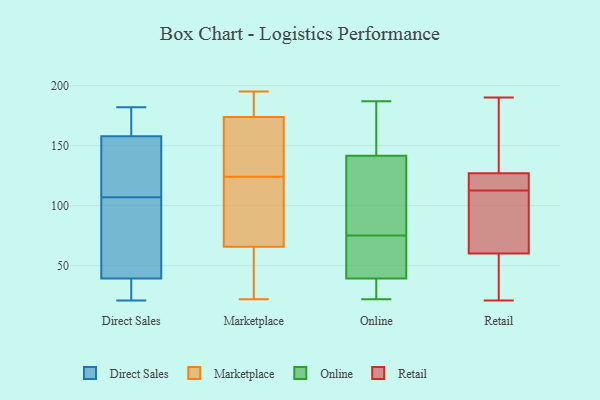
{"axis": {"x": "Backlog", "y": "Value"}, "legend": ["Direct Sales", "Marketplace", "Online", "Retail"], "data": [{"x": "", "y": 159, "type": "Direct Sales"}, {"x": "", "y": 161, "type": "Direct Sales"}, {"x": "", "y": 182, "type": "Direct Sales"}, {"x": "", "y": 21, "type": "Direct Sales"}, {"x": "", "y": 88, "type": "Direct Sales"}, {"x": "", "y": 166, "type": "Direct Sales"}, {"x": "", "y": 21, "type": "Direct Sales"}, {"x": "", "y": 151, "type": "Direct Sales"}, {"x": "", "y": 133, "type": "Direct Sales"}, {"x": "", "y": 60, "type": "Direct Sales"}, {"x": "", "y": 118, "type": "Direct Sales"}, {"x": "", "y": 104, "type": "Direct Sales"}, {"x": "", "y": 165, "type": "Direct Sales"}, {"x": "", "y": 107, "type": "Direct Sales"}, {"x": "", "y": 52, "type": "Direct Sales"}, {"x": "", "y": 27, "type": "Direct Sales"}, {"x": "", "y": 35, "type": "Direct Sales"}, {"x": "", "y": 27, "type": "Direct Sales"}, {"x": "", "y": 154, "type": "Direct Sales"}, {"x": "", "y": 170, "type": "Marketplace"}, {"x": "", "y": 83, "type": "Marketplace"}, {"x": "", "y": 122, "type": "Marketplace"}, {"x": "", "y": 181, "type": "Marketplace"}, {"x": "", "y": 119, "type": "Marketplace"}, {"x": "", "y": 154, "type": "Marketplace"}, {"x": "", "y": 182, "type": "Marketplace"}, {"x": "", "y": 180, "type": "Marketplace"}, {"x": "", "y": 195, "type": "Marketplace"}, {"x": "", "y": 43, "type": "Marketplace"}, {"x": "", "y": 175, "type": "Marketplace"}, {"x": "", "y": 37, "type": "Marketplace"}, {"x": "", "y": 115, "type": "Marketplace"}, {"x": "", "y": 124, "type": "Marketplace"}, {"x": "", "y": 27, "type": "Marketplace"}, {"x": "", "y": 22, "type": "Marketplace"}, {"x": "", "y": 60, "type": "Marketplace"}, {"x": "", "y": 169, "type": "Marketplace"}, {"x": "", "y": 153, "type": "Marketplace"}, {"x": "", "y": 123, "type": "Online"}, {"x": "", "y": 47, "type": "Online"}, {"x": "", "y": 162, "type": "Online"}, {"x": "", "y": 40, "type": "Online"}, {"x": "", "y": 39, "type": "Online"}, {"x": "", "y": 39, "type": "Online"}, {"x": "", "y": 75, "type": "Online"}, {"x": "", "y": 22, "type": "Online"}, {"x": "", "y": 187, "type": "Online"}, {"x": "", "y": 169, "type": "Online"}, {"x": "", "y": 33, "type": "Online"}, {"x": "", "y": 110, "type": "Online"}, {"x": "", "y": 44, "type": "Online"}, {"x": "", "y": 144, "type": "Online"}, {"x": "", "y": 134, "type": "Online"}, {"x": "", "y": 82, "type": "Online"}, {"x": "", "y": 43, "type": "Online"}, {"x": "", "y": 23, "type": "Online"}, {"x": "", "y": 166, "type": "Online"}, {"x": "", "y": 124, "type": "Retail"}, {"x": "", "y": 67, "type": "Retail"}, {"x": "", "y": 87, "type": "Retail"}, {"x": "", "y": 115, "type": "Retail"}, {"x": "", "y": 137, "type": "Retail"}, {"x": "", "y": 127, "type": "Retail"}, {"x": "", "y": 32, "type": "Retail"}, {"x": "", "y": 135, "type": "Retail"}, {"x": "", "y": 110, "type": "Retail"}, {"x": "", "y": 37, "type": "Retail"}, {"x": "", "y": 60, "type": "Retail"}, {"x": "", "y": 21, "type": "Retail"}, {"x": "", "y": 190, "type": "Retail"}, {"x": "", "y": 127, "type": "Retail"}]}